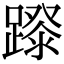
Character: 𨄛